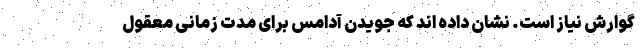
گوارش نیاز است. نشان داده اند که جویدن آدامس برای مدت زمانی معقول